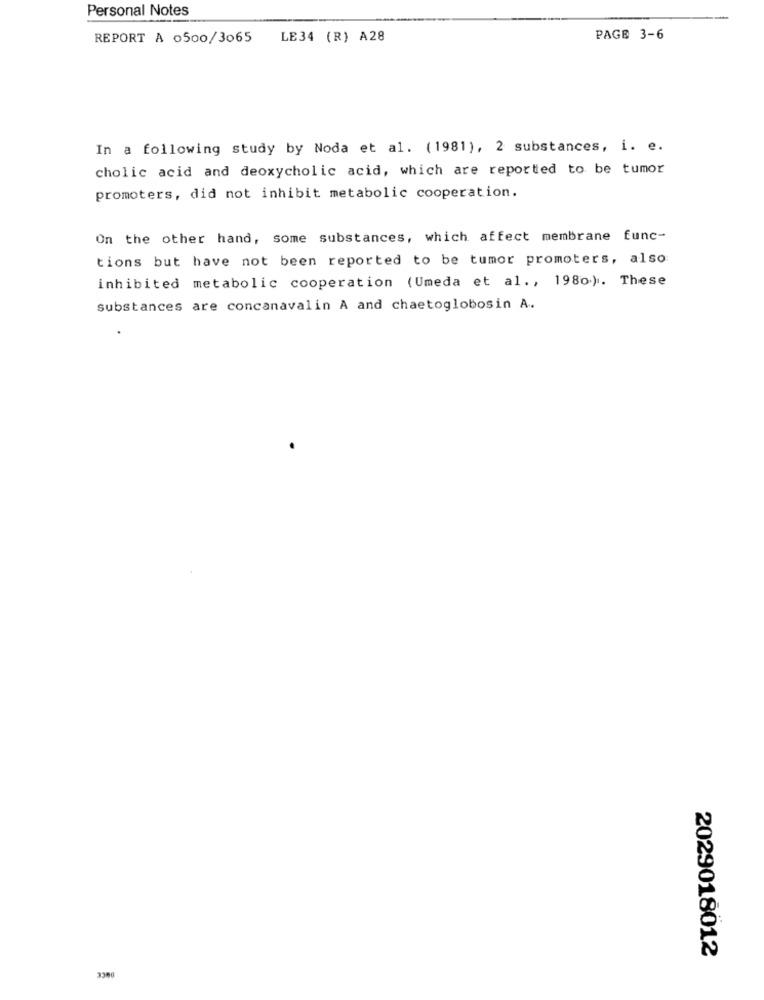
Personal Notes
REPORT A 0500/3065
LE34 (R) A28
PAGE 3-6
In a following study by Noda et al. (1981), 2 substances, i. e.
cholic acid and deoxycholic acid, which are reported to be tumor
promoters, did not inhibit metabolic cooperation.
On the other hand, some substances, which affect membrane func-
tions but have not been reported to be tumor promoters, also
inhibited metabolic cooperation (Umeda et al ., 1980). These
substances are concanavalin A and chaetoglobosin A.
2029018012